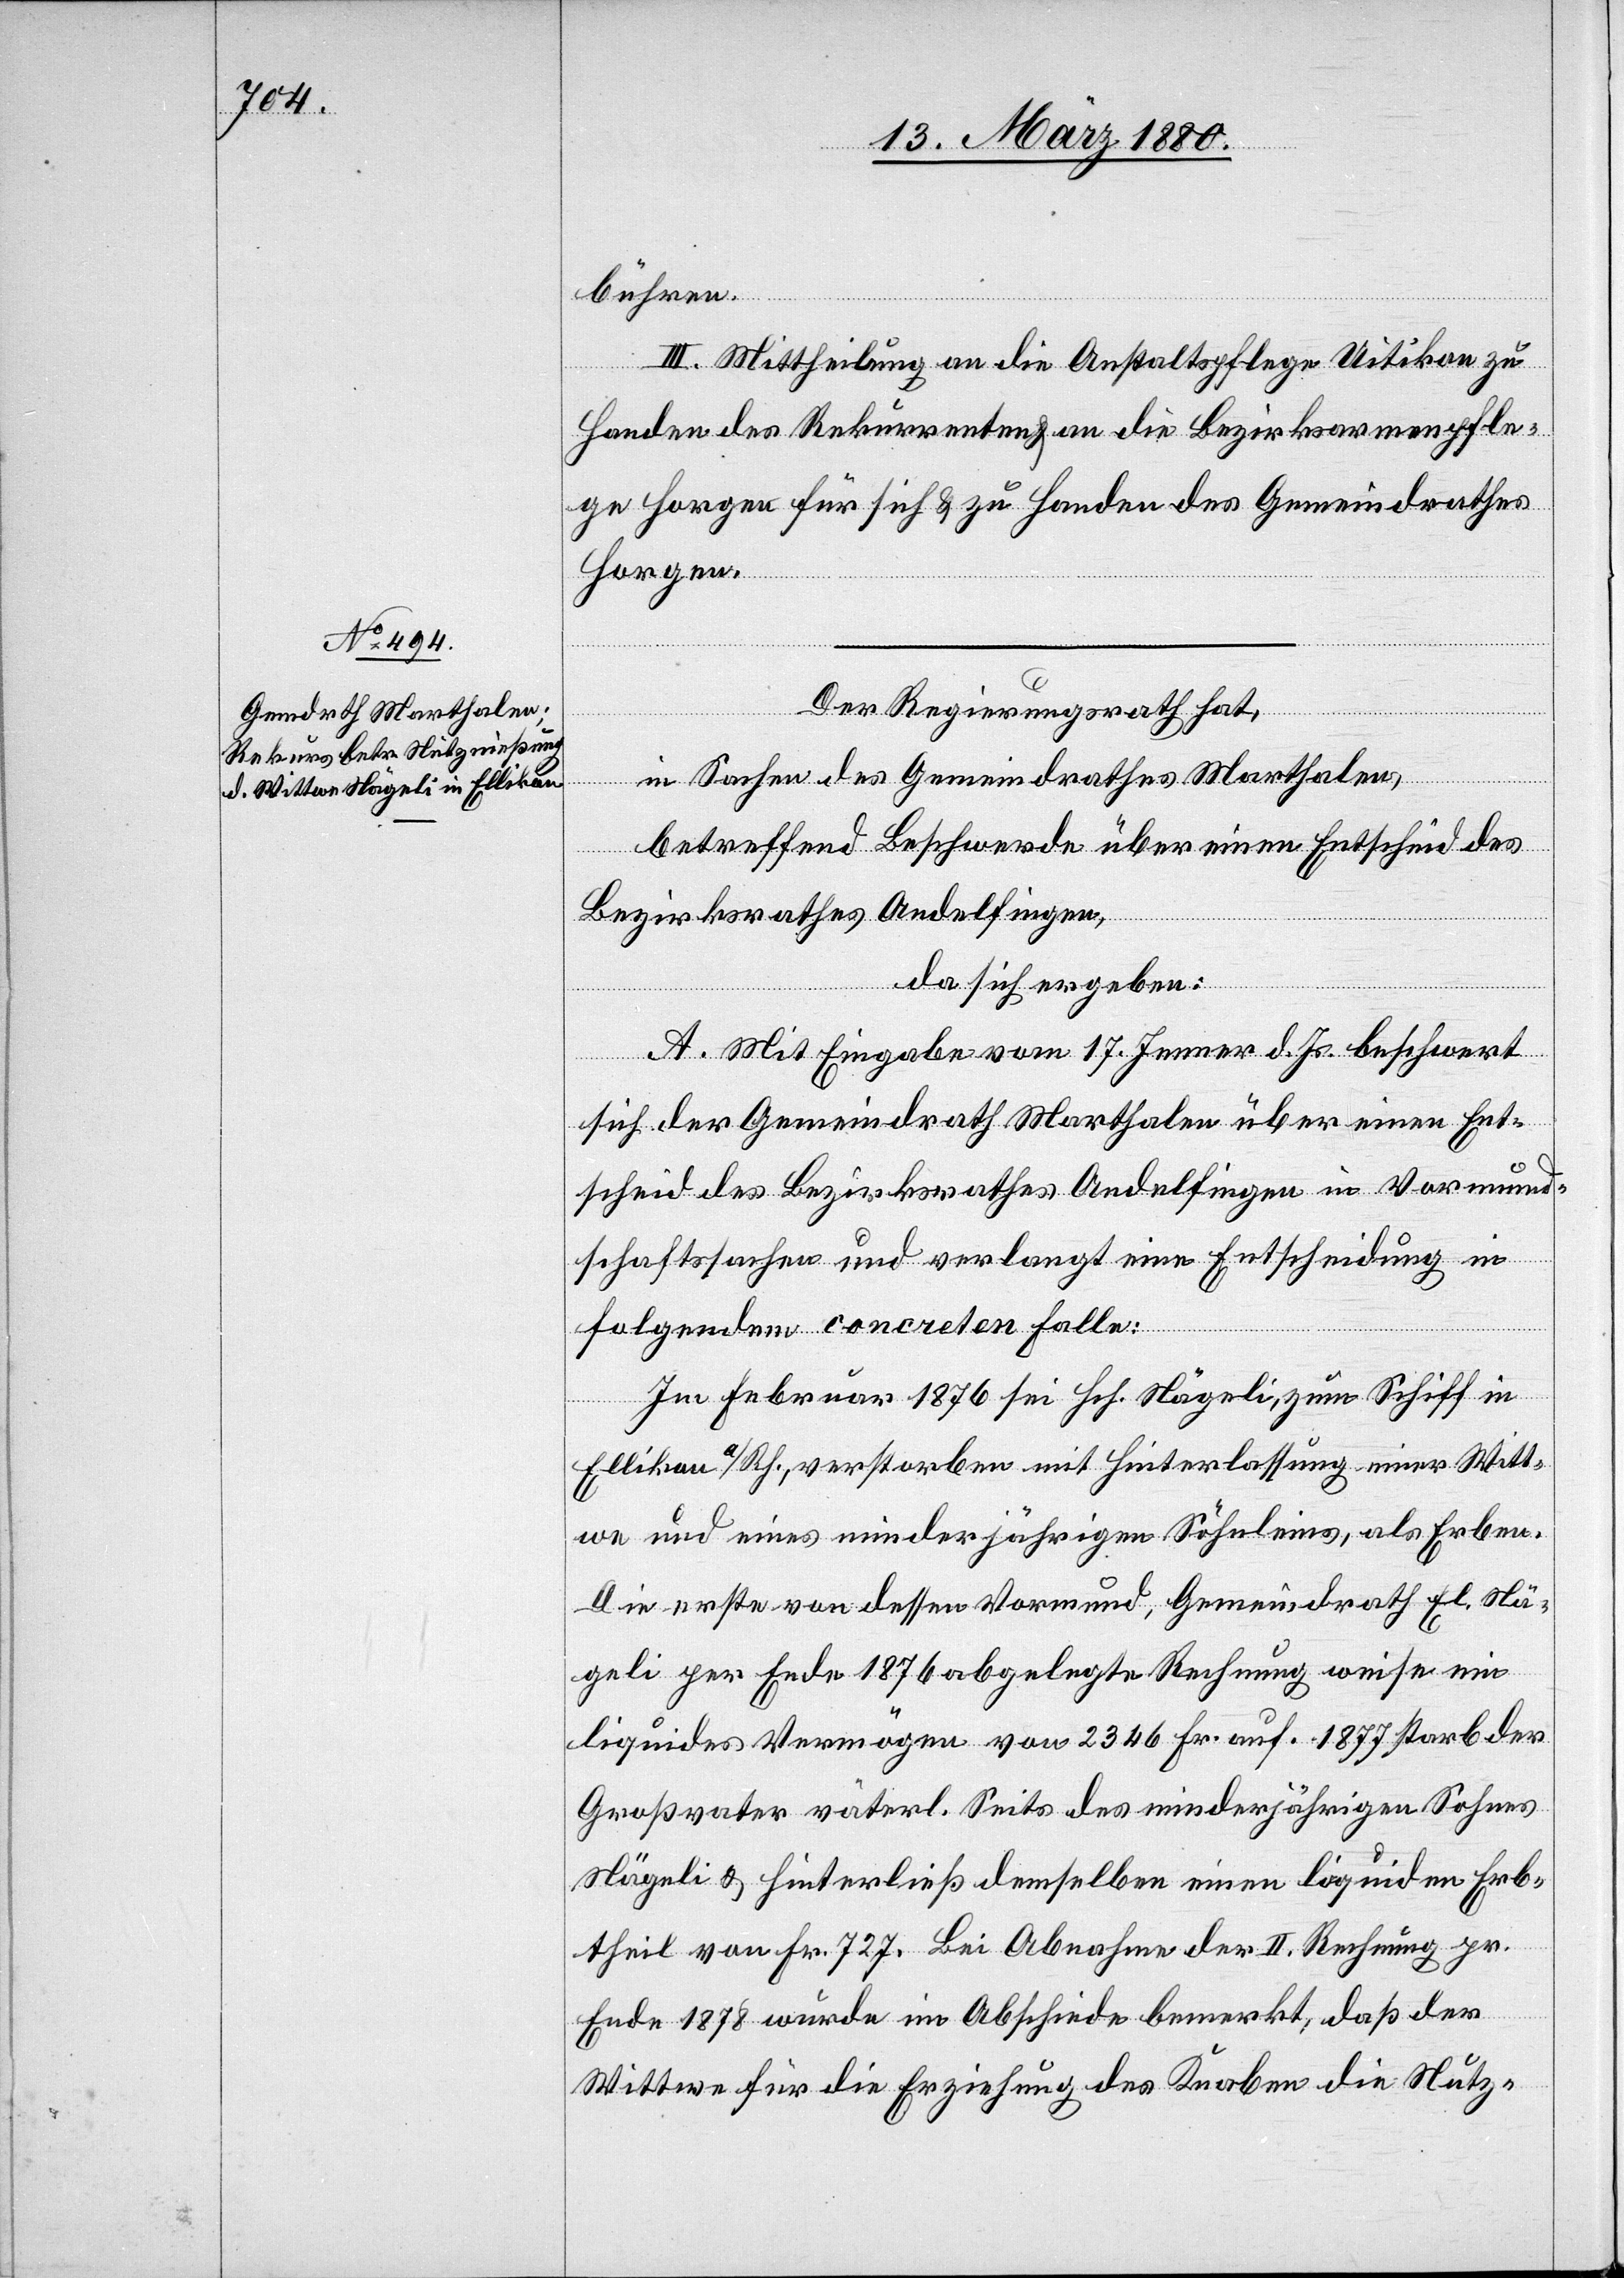
bühren.
III. Mittheilung an die Anstaltspflege Uitikon zu
Handen des Rekurrenten & an die Bezirksarmenpfle¬
ge Horgen für sich & zu Handen des Gemeindrathes
Horgen.